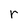
Character: r